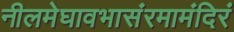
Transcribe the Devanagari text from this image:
नीलमेघावभासंरमामंदिरं